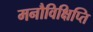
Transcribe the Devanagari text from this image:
मनौविक्षिप्ति